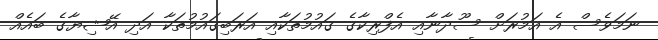
ނަމަވެސް އެ އަމުރަށް ސޫދާނާއި އެފްރިކާގެ ގައުމުތަކާއި އަރަބިގައުމުތަކާ އަދި އޭޝިޔާގެ ބައެއް